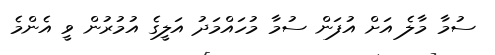
ސުމާ މާލެ އަށް އުފަން ސުމާ މުހައްމަދު އަލީގެ އުމުރުން ވީ އެންމެ